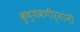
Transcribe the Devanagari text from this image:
कृष्णवणीर्यांनी